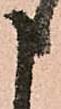
申